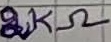
Text: 2KΩ